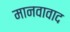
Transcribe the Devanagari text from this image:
मानवावाद